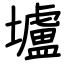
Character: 壚